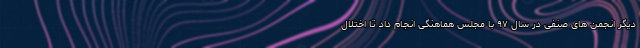
دیگر انجمن های صنفی در سال ۹۷ با مجلس هماهنگی انجام داد تا اختلال